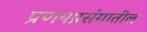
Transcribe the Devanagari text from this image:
प्रणयप्रसंगातील